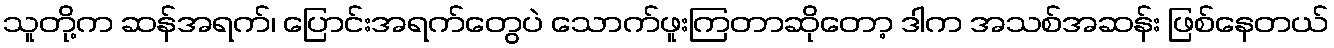
သူတို့က ဆန်အရက်၊ ပြောင်းအရက်တွေပဲ သောက်ဖူးကြတာဆိုတော့ ဒါက အသစ်အဆန်း ဖြစ်နေတယ်